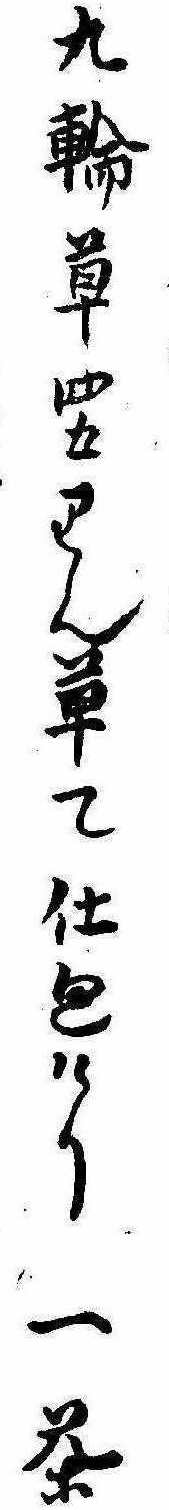
九輪草四五りん草て仕廻けり一茶